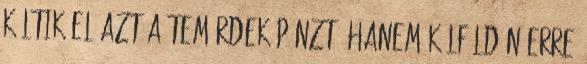
költik el azt a temérdek pénzt, hanem külföldön Erre